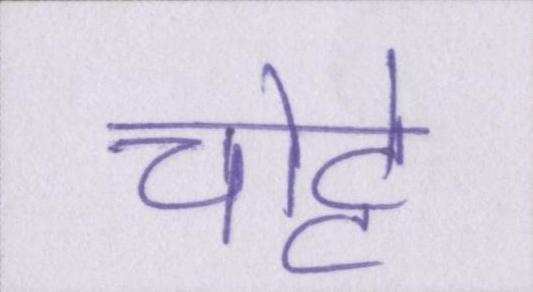
चोट्टे